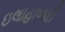
ઇલાહાબાદી